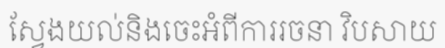
ស្វែងយល់និងចេះអំពីការរចនា វិបសាយ